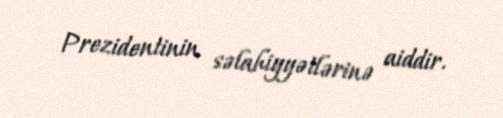
Prezidentinin səlahiyyətlərinə aiddir.